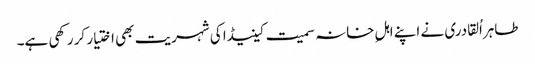
طاہراُلقادری نے اپنے اہلِ خانہ سمیت کینیڈا کی شہریت بھی اختیار کر رکھی ہے۔